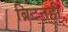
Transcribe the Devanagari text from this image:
ब्रिटनही